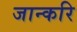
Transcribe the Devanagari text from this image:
जान्करि